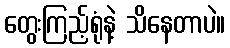
တွေးကြည့်ရုံနဲ့ သိနေတာပဲ။